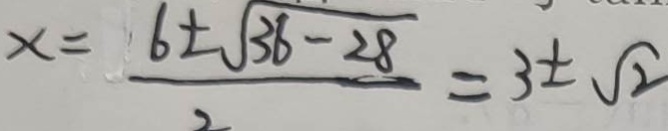
x = \frac { 6 \pm \sqrt { 3 6 - 2 8 } } { 2 } = 3 \pm \sqrt { 2 }